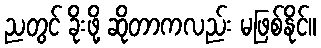
ညတွင် ခိုးဖို့ ဆိုတာကလည်း မဖြစ်နိုင်။